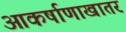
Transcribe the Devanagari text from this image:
आकर्षाणाखातर